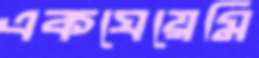
একঘেয়েমি